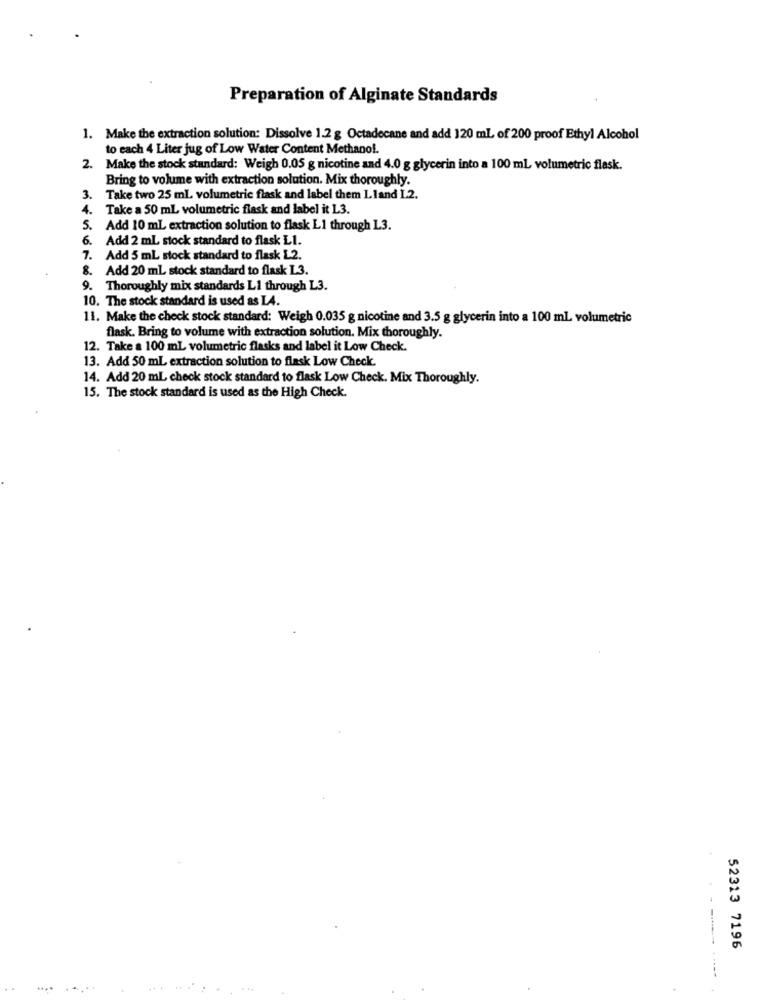
Preparation of Alginate Standards
1. Make the extraction solution: Dissolve 1.2 g Octadecane and add 120 mL of 200 proof Ethyl Alcohol
to each 4 Liter jug of Low Water Content Methanol.
. Make the stock standard: Weigh 0.05 g nicotine and 4.0 g glycerin into a 100 ml volumetric flask.
Bring to volume with extraction solution. Mix thoroughly.
3. Take two 25 ml. volumetric flask and label them Lland I.2.
4. Take a 50 ml volumetric flask and label it L3.
Add 10 mL extraction solution to flask L1 through L3.
6. Add 2 mL stock standard to flask L1.
7. Add 5 mL stock standard to flask L2.
8. Add 20 ml stock standard to flask L3.
9. Thoroughly mix standards Li through L3.
10. The stock standard is used as LA.
11. Make the check stock standard: Weigh 0.035 g nicotine and 3.5 g glycerin into a 100 ml volumetric
flask. Bring to volume with extraction solution. Mix thoroughly.
12. Take a 100 mL volumetric flasks and label it Low Check.
13. Add 50 mL extraction solution to flask Low Check.
14. Add 20 mL check stock standard to flask Low Check. Mix Thoroughly.
15. The stock standard is used as the High Check.
52313 7196
----
.